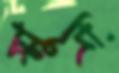
স্মুদি